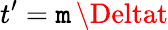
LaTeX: t^{\prime}=\mathtt{m}\, \Deltat